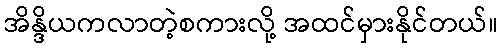
အိန္ဒိယကလာတဲ့စကားလို့ အထင်မှားနိုင်တယ်။